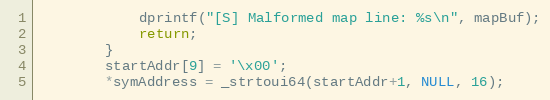
Language: C++
			dprintf("[S] Malformed map line: %s\n", mapBuf);
			return;
		}
		startAddr[9] = '\x00';
		*symAddress = _strtoui64(startAddr+1, NULL, 16);